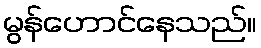
မွန်ဟောင်နေသည်။